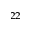
^ { 2 2 }